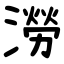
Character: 澇